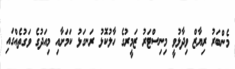
މެންބަރު ރިޔާޒް ވިދާޅުވީ މިނިސްޓަރު ޒަމީރުގެ ހާލުކޮޅު ރަނގަޅު ކަމަށާއި މިއަދުގެ ވަގުތެއްގައި